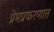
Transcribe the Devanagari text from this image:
प्रेमप्रकरणात